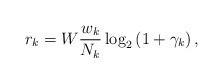
LaTeX: \begin{align*}r_{k} = W\frac{w_{k}}{N_{k}}\log_{2}\left(1 + \gamma_{k} \right),\end{align*}